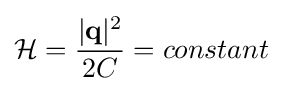
{\mathcal {H}}={\frac {|\mathbf {q} |^{2}}{2C}}=constant\